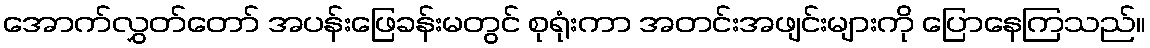
အောက်လွှတ်တော် အပန်းဖြေခန်းမတွင် စုရုံးကာ အတင်းအဖျင်းများကို ပြောနေကြသည်။